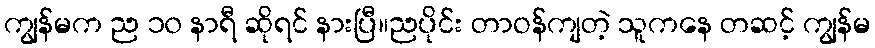
ကျွန်မက ည ၁၀ နာရီ ဆိုရင် နားပြီ။ညပိုင်း တာဝန်ကျတဲ့ သူကနေ တဆင့် ကျွန်မ